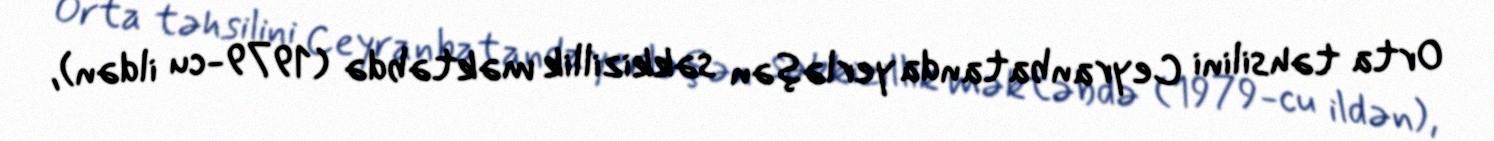
Orta təhsilini Ceyranbatanda yerləşən səkkizillik məktəbdə (1979-cu ildən),